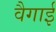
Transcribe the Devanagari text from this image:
वैगाई